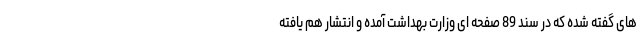
های گفته شده که در سند 89 صفحه ای وزارت بهداشت آمده و انتشار هم یافته